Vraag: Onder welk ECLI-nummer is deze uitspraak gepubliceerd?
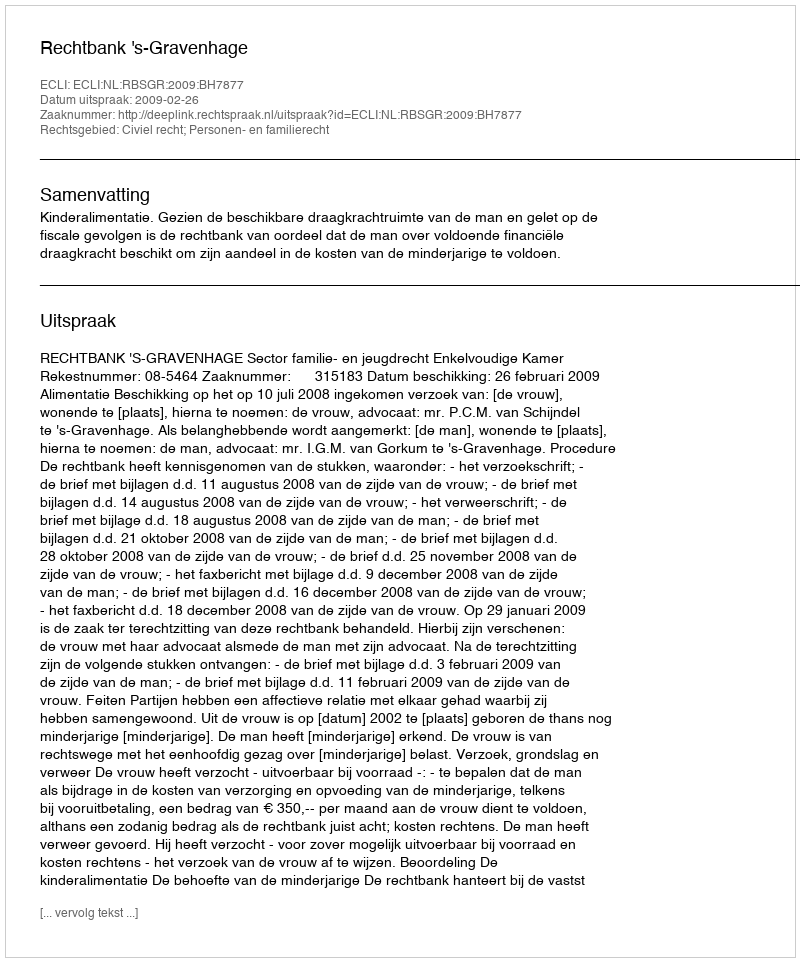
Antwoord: ECLI:NL:RBSGR:2009:BH7877